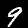
Label: 9